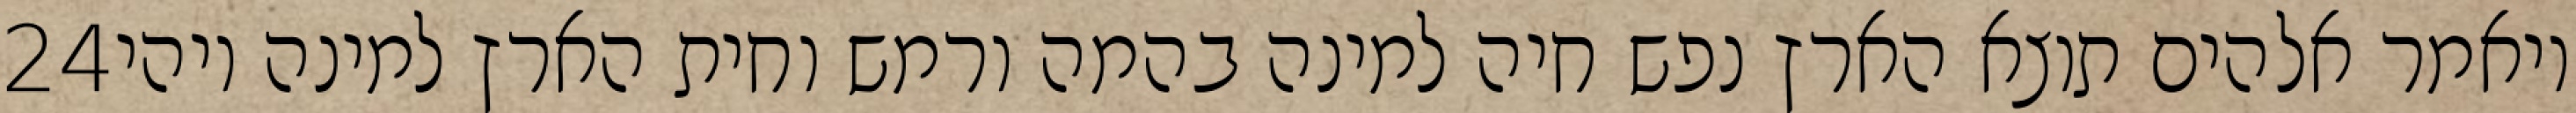
‎24‏ ויאמר אלהים תוצא הארץ נפש חיה למינה בהמה ורמש וחית הארץ למינה ויהי